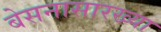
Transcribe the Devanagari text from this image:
बेसनासारख्या